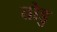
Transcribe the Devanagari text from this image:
तोडु